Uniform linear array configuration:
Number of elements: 12
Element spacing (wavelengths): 0.25
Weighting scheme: cosine
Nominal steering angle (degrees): -45
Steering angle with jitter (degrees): -46.369
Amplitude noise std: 0.05
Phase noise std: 0.05

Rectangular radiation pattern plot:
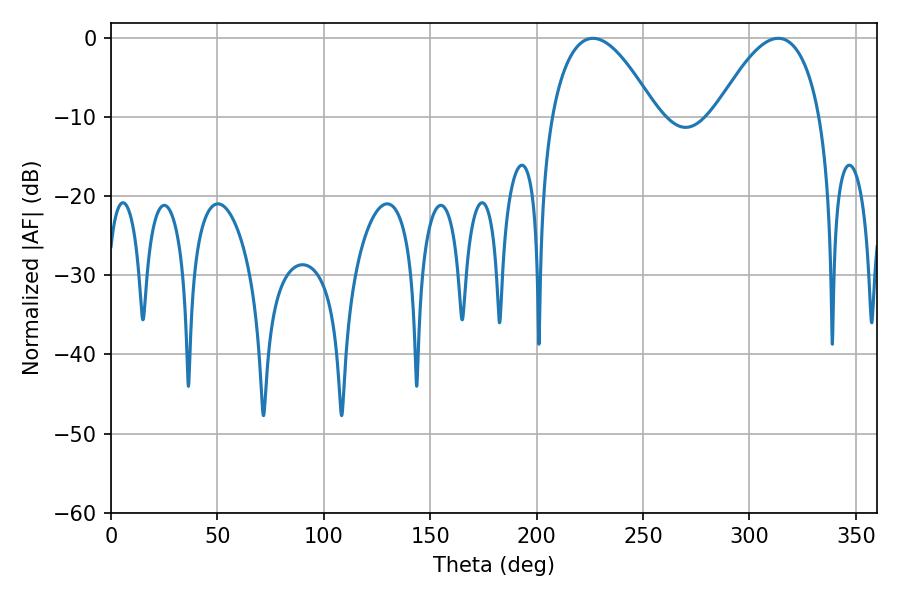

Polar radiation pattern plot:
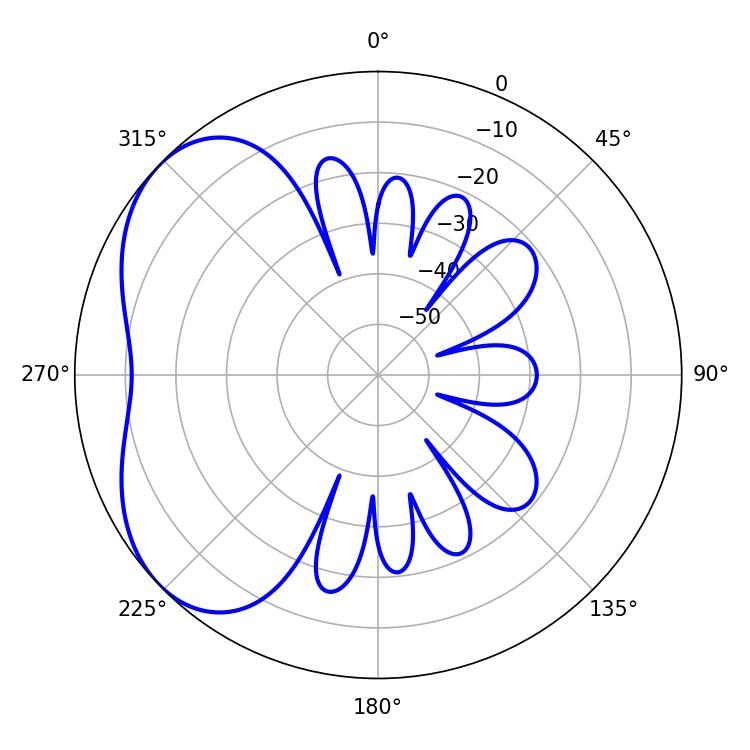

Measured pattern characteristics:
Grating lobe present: FALSE
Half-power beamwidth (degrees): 27
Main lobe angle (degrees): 226.44